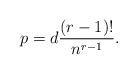
LaTeX: \begin{align*} p = d \frac{(r-1)!}{n^{r-1}}.\end{align*}